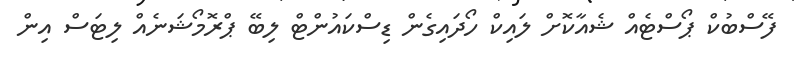
ފޭސްބުކް ޕޯސްޓެއް ޝެއާކޮށް ލައިކް ހޯދައިގެން ޑިސްކައުންޓް ލިބޭ ޕްރޮމޯޝަނެއް ލިޓަސް އިން